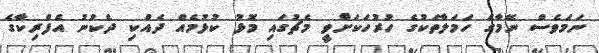
ނަމަވެސް ނޭމާގެ ހަމަލާތަކުގެ ހުރުހަކަށްވީ މެޗުގައި މޮޅު ކުޅުމެއް ދެއްކި ދެކުނު އެފްރިކާގެ